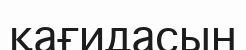
қағидасын